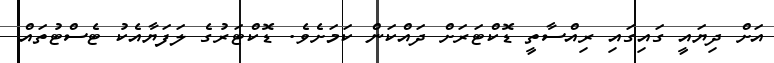
އަށް ދިޔައީ ގައިގައި ރިއްސާތީ ޑޮކްޓަރަށް ދައްކަން ކަމަށެވެ. ޑޮކްޓަރުގެ ލަފަޔާއެކު ޓެސްޓުތައް